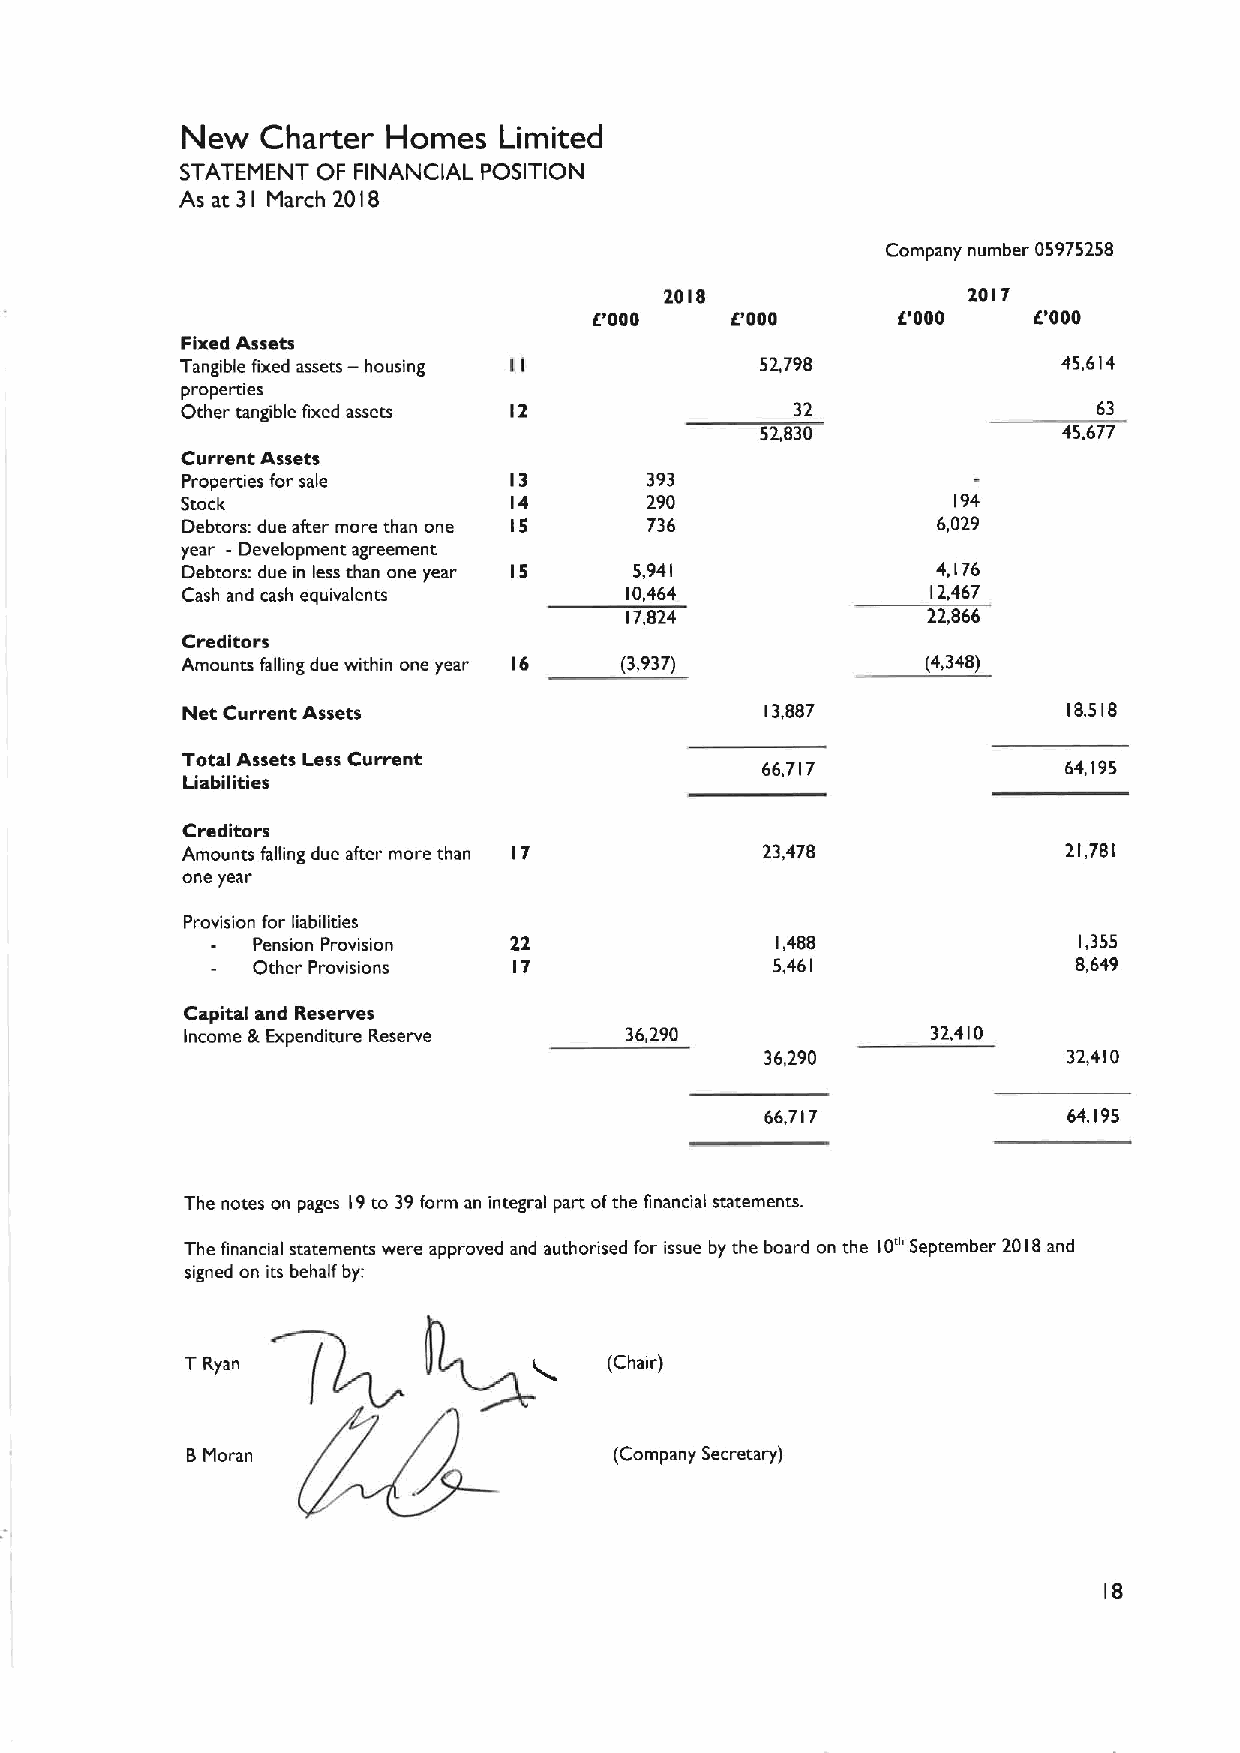
New  Charter  Homes  Limited
 STATEMENT OF FINANCIAL POSITION
 As at 31 March 20 8
 I
 Company number 05975258
 2018                2017
 6'000    IE'000     IE'000   6'000
 Fixed Assets
 Tangible fixed assets — housing       52,798              45,614
 properties
 Other tangible fixed assets 12           32                  63
 52,830              45,677
 Current Assets
 Properties for sale   13       393
 Stock                 14       290                 194
 Debtors: due after more than one IS 736           6,029
 year - Development agreement
 Debtors: due in less than one year IS 5,941       4,176
 Cash and cash equivalents    10,464               12,467
 17,824              22,866
 Creditors
 Amounts falling due within one year 16 (3,937)   (4,348)
 Net Current Assets                     13,887              18,518
 Total Assets Less Current
 66,717               64,195
 Liabilities
 Creditors
 Amounts falling due after more than 17 23,478              21,781
 one year
 Provision for liabilities
 Pension Provision 22              1,488               1,355
 Other Provisions 17               5,461               8,649
 Capital and Reserves
 Income gi Expenditure Reserve 36,290              32,410
 36,290              32,410
 66,717              64,195
 The notes on pages 19to 39form an integral part ofthe financial statements.
 The financial statements were approved and authorised for issue by the board on the 10'"September 2018and
 signed on its behalf by:
 TRyan                       (Chair)
 8 Moran                      (Company Secretary)